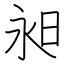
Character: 昶